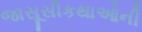
જાસૂસીકથાઓની